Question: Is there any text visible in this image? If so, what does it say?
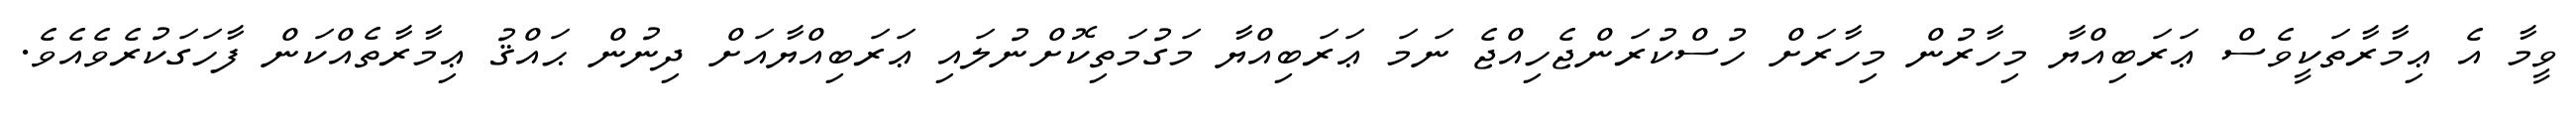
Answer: ވީމާ އެ ޢިމާރާތަކީވެސް ޢަރަބިއްޔާ މިހާރުން މިހާރަށް ހުސްކުރަންޖެހިއްޖެ ނަމަ ޢަރަބިއްޔާ މަގުމަތިކޮށްނުލައި ޢަރަބިއްޔާއަށް ދިނުން ޙައްޤު ޢިމާރާތެއްކަން ފާހަގަކުރެވެއެވެ.